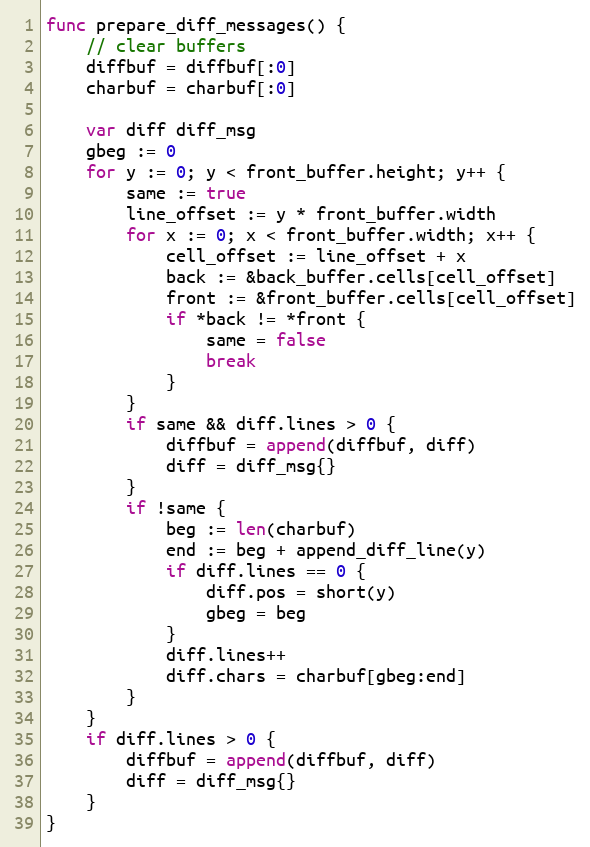
Language: Go
func prepare_diff_messages() {
	// clear buffers
	diffbuf = diffbuf[:0]
	charbuf = charbuf[:0]

	var diff diff_msg
	gbeg := 0
	for y := 0; y < front_buffer.height; y++ {
		same := true
		line_offset := y * front_buffer.width
		for x := 0; x < front_buffer.width; x++ {
			cell_offset := line_offset + x
			back := &back_buffer.cells[cell_offset]
			front := &front_buffer.cells[cell_offset]
			if *back != *front {
				same = false
				break
			}
		}
		if same && diff.lines > 0 {
			diffbuf = append(diffbuf, diff)
			diff = diff_msg{}
		}
		if !same {
			beg := len(charbuf)
			end := beg + append_diff_line(y)
			if diff.lines == 0 {
				diff.pos = short(y)
				gbeg = beg
			}
			diff.lines++
			diff.chars = charbuf[gbeg:end]
		}
	}
	if diff.lines > 0 {
		diffbuf = append(diffbuf, diff)
		diff = diff_msg{}
	}
}